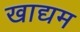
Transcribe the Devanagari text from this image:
खाद्यम